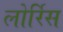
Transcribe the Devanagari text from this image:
लोर्रिस